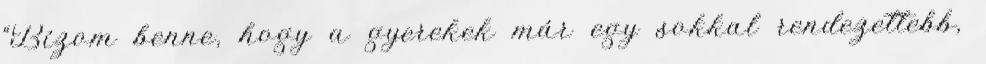
“Bízom benne, hogy a gyerekek már egy sokkal rendezettebb,